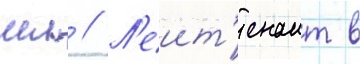
мл // Л'еит'енант в